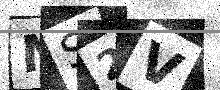
Text: NS2V